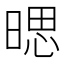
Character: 𱢔